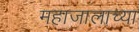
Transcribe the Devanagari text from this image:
महाजालाच्या